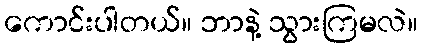
ကောင်းပါတယ်။ ဘာနဲ့ သွားကြမလဲ။